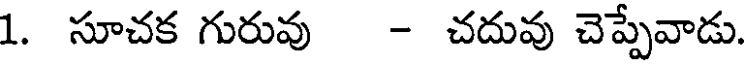
1. సూచక గురువు - చదువు చెప్పేవాడు.